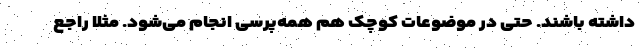
داشته باشند. حتی در موضوعات کوچک هم همه‌پرسی انجام می‌شود. مثلاً راجع